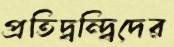
প্রতিদ্বন্দ্বিদের